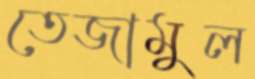
তেজামুল